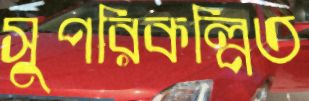
সুপরিকল্পিত